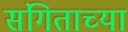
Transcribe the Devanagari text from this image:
संगिताच्या